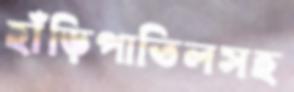
হাঁড়িপাতিলসহ